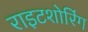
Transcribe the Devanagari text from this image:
राइटशोरिंग